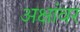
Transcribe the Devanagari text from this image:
अक्षांवर